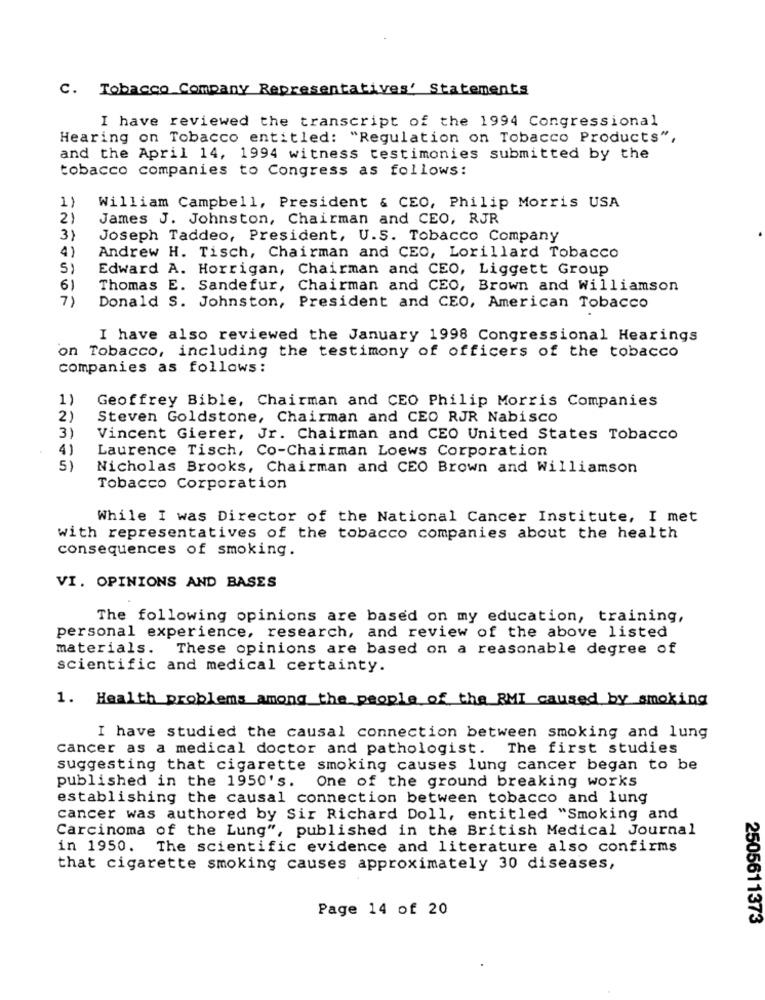
C. Tobacco Company Representatives' Statements
I have reviewed the transcript of the 1994 Congressional
Hearing on Tobacco entitled: "Regulation on Tobacco Products",
and the April 14, 1994 witness testimonies submitted by the
tobacco companies to Congress as follows:
1)
William Campbell, President & CEO, Philip Morris USA
21
James J. Johnston, Chairman and CEO, RJR
3)
Joseph Taddeo, President, U.S. Tobacco Company
4)
Andrew H. Tisch, Chairman and CEO, Lorillard Tobacco
Edward A. Horrigan, Chairman and CEO, Liggett Group
Thomas E. Sandefur, Chairman and CEO, Brown and Williamson
7)
Donald S. Johnston, President and CEO, American Tobacco
I have also reviewed the January 1998 Congressional Hearings
on Tobacco, including the testimony of officers of the tobacco
companies as follows:
1)
Geoffrey Bible, Chairman and CEO Philip Morris Companies
2)
Steven Goldstone, Chairman and CEO RJR Nabisco
3)
Vincent Gierer, Jr. Chairman and CEO United States Tobacco
4)
Laurence Tisch, Co-Chairman Loews Corporation
5)
Nicholas Brooks, Chairman and CEO Brown and Williamson
Tobacco Corporation
While I was Director of the National Cancer Institute, I met
with representatives of the tobacco companies about the health
consequences of smoking.
VI. OPINIONS AND BASES
The following opinions are based on my education, training,
personal experience, research, and review of the above listed
materials.
These opinions are based on a reasonable degree of
scientific and medical certainty.
1. Health problems among the people of the RMI caused by smoking
I have studied the causal connection between smoking and lung
Cancer as a medical doctor and pathologist. The first studies
suggesting that cigarette smoking causes lung cancer began to be
published in the 1950's. One of the ground breaking works
establishing the causal connection between tobacco and lung
cancer was authored by Sir Richard Doll, entitled "Smoking and
Carcinoma of the Lung", published in the British Medical Journal
in 1950. The scientific evidence and literature also confirms
that cigarette smoking causes approximately 30 diseases,
Page 14 of 20
2505611373